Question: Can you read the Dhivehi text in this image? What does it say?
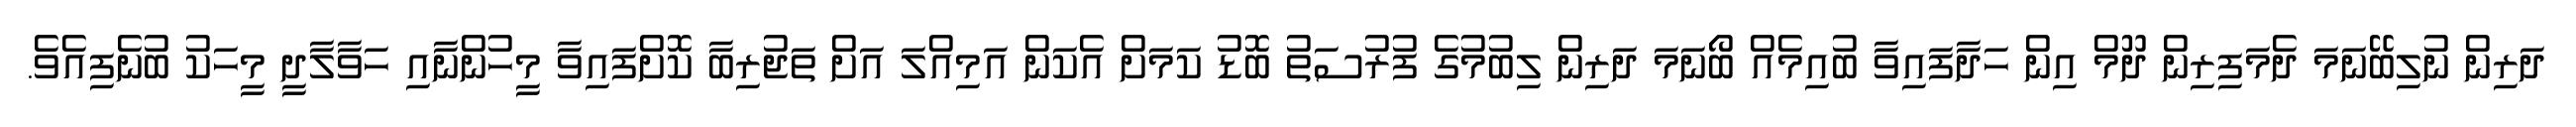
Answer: ދަރިން ނުލިބޭނަމަ ދެމަފިރިން ދޫމް އިން ހަދާފައިވާ ބުއިމެއް ބޯނަމަ ދަރިން ލިބުމުގެ ފުރުސަތު ބޮޑު ކަމަށް އެކަން އަމިއްލަ އަށް ތަޖުރިބާ ކޮށްފައިވާ މީހުންނާއި ހަވާލާދީ މީހަކު ބުނެފިއެވެ.